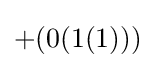
+(0(1(1)))